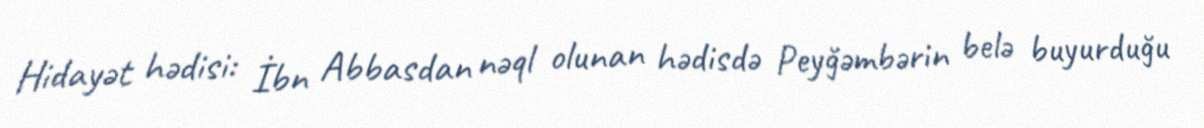
Hidayət hədisi: İbn Abbasdan nəql olunan hədisdə Peyğəmbərin belə buyurduğu